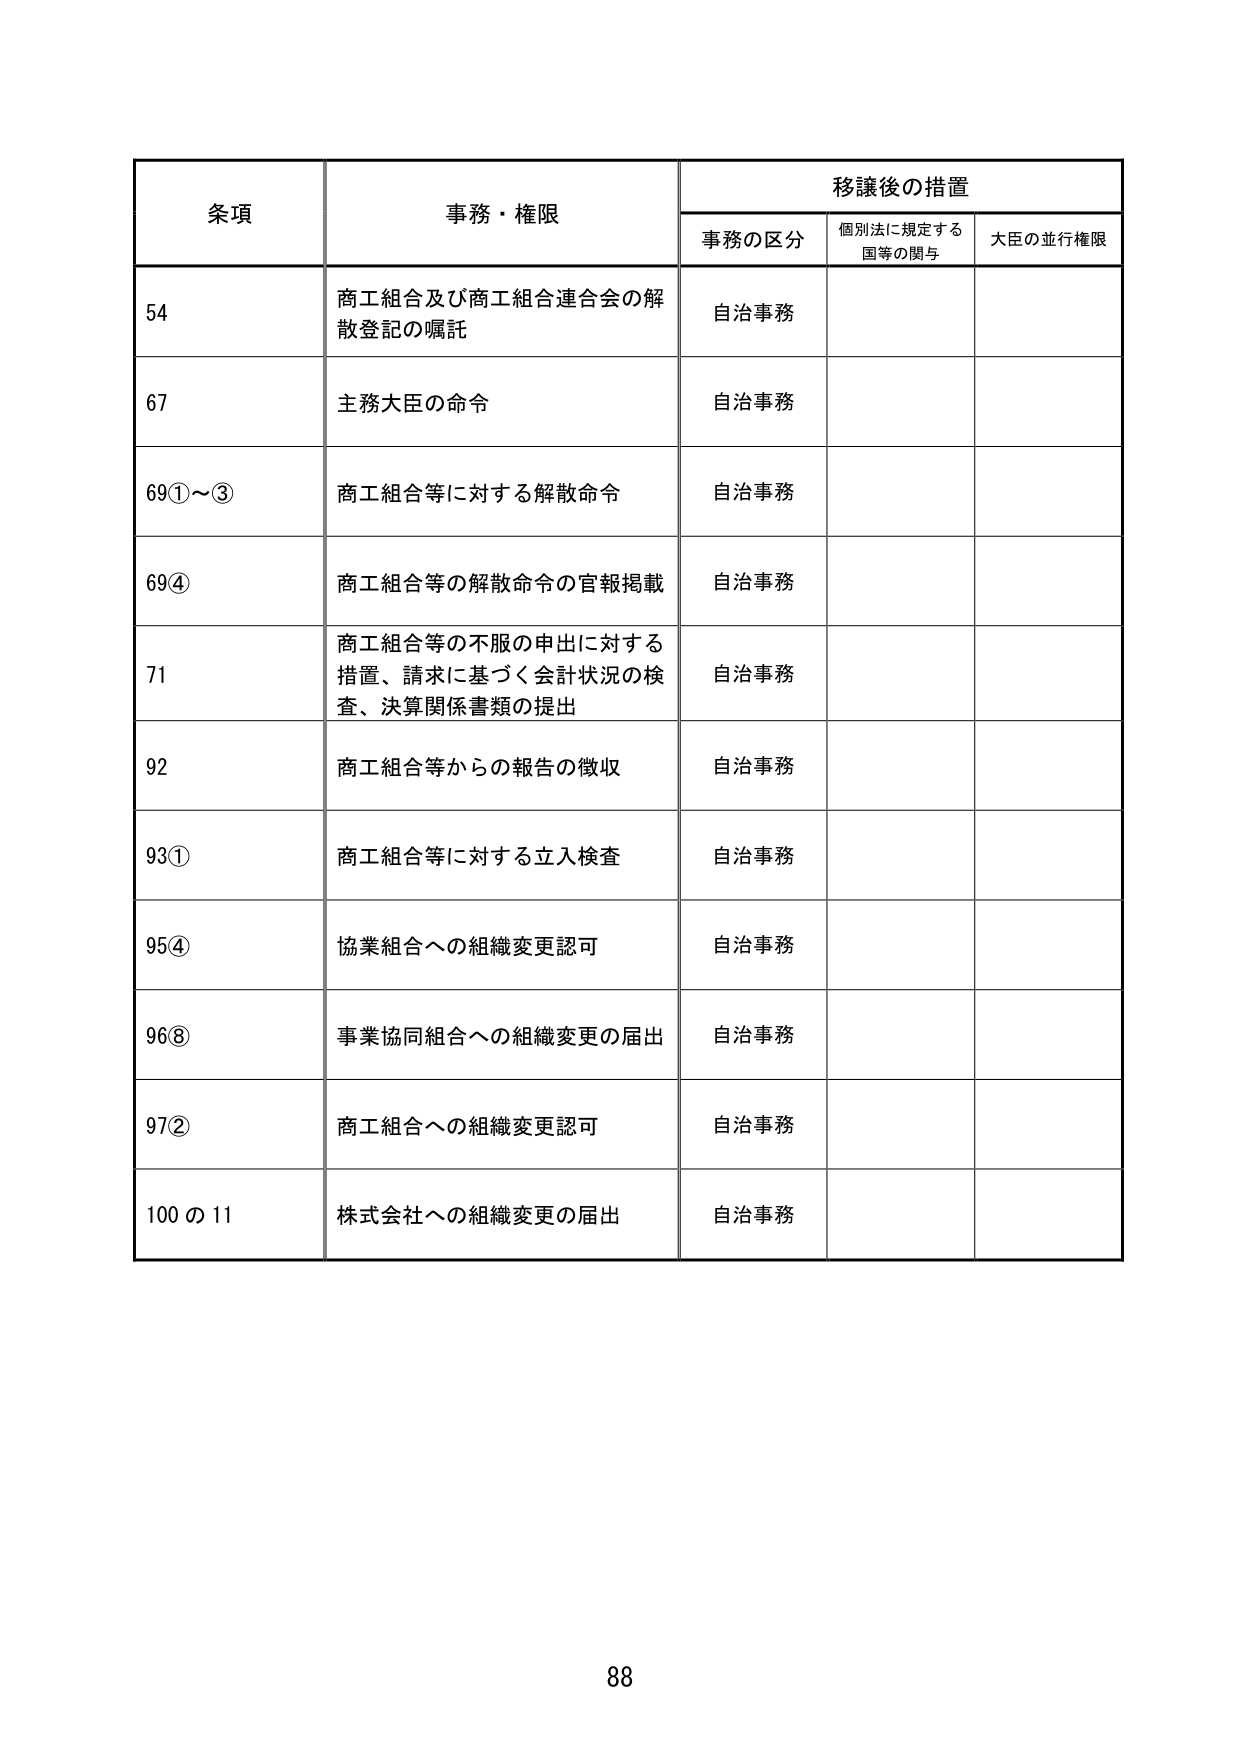
条項 事務・権限 移譲後の措置
事務の区分 個別法に規定する国等の関与 大臣の並行権限
54 商工組合及び商工組合連合会の解散登記の嘱託 自治事務
67 主務大臣の命令 自治事務
69①～③ 商工組合等に対する解散命令 自治事務
69④ 商工組合等の解散命令の官報掲載 自治事務
71 商工組合等の不服の申出に対する措置、請求に基づく会計状況の検査、決算関係書類の提出 自治事務
92 商工組合等からの報告の徴収 自治事務
93① 商工組合等に対する立入検査 自治事務
95④ 協業組合への組織変更認可 自治事務
96⑧ 事業協同組合への組織変更の届出 自治事務
97② 商工組合への組織変更認可 自治事務
100の11 株式会社への組織変更の届出 自治事務
88